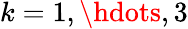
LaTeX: k=1,\hdots,3